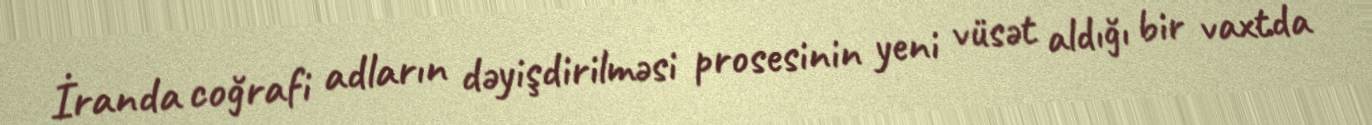
İranda coğrafi adların dəyişdirilməsi prosesinin yeni vüsət aldığı bir vaxtda